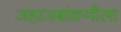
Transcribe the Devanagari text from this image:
जहाजबांधणीला